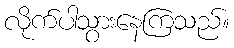
လိုက်ပါသွားနေကြသည်။